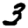
Digit: 3